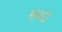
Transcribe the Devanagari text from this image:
सबटो